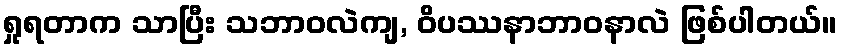
ရှုရတာက သာပြီး သဘာဝလဲကျ, ဝိပဿနာဘာဝနာလဲ ဖြစ်ပါတယ်။